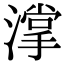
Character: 𣾦